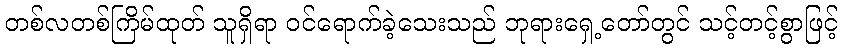
တစ်လတစ်ကြိမ်ထုတ် သူရှိရာ ဝင်ရောက်ခဲ့သေးသည် ဘုရားရှေ့တော်တွင် သင့်တင့်စွာဖြင့်